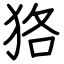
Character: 狢